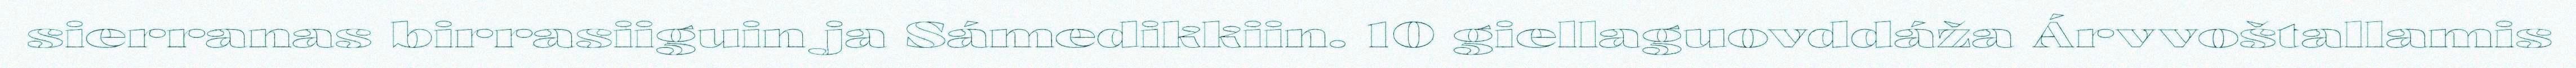
sierranas birrasiiguin ja Sámedikkiin. 10 giellaguovddáža Árvvoštallamis